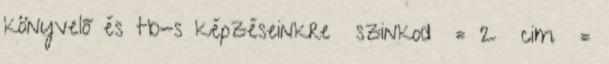
könyvelő és tb-s képzéseinkre szinkod = 2 cim =